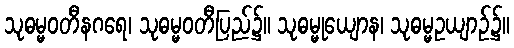
သုဓမ္မဝတီနဂရေ၊ သုဓမ္မဝတီပြည်၌။ သုဓမ္မုယျောန၊ သုဓမ္မဥယျာဉ်၌။